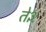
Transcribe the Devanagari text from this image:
ते३